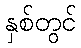
နှစ်တွင်